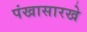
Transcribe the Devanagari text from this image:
पंखासारखे